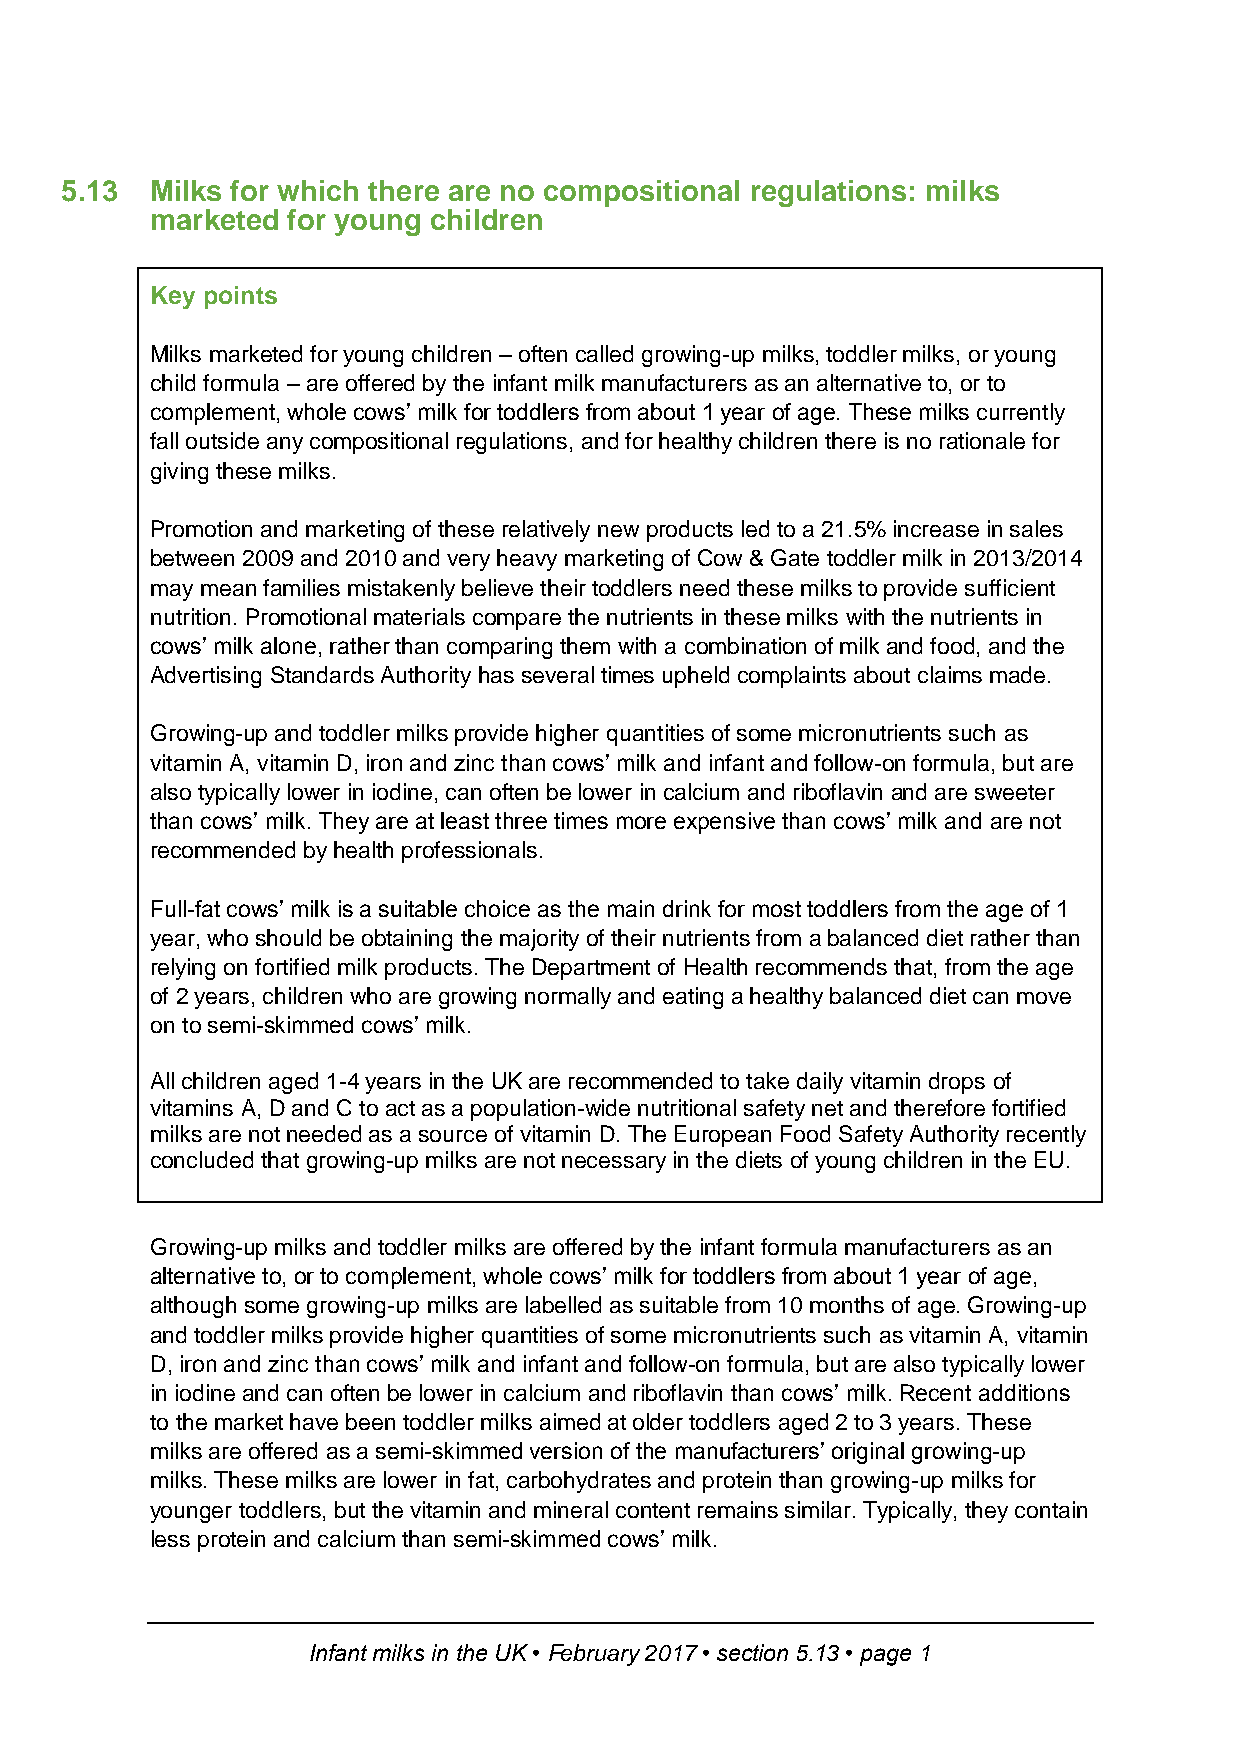
5.13  Milks for which there are no compositional regulations: milks
 marketed for young children
 Key points
 Milks marketed for young children – often called growing-up milks, toddler milks, or young
 child formula – are offered by the infant milk manufacturers as an alternative to, or to
 complement, whole cows’ milk for toddlers from about 1 year of age. These milks currently
 fall outside any compositional regulations, and for healthy children there is no rationale for
 giving these milks.
 Promotion and marketing of these relatively new products led to a 21.5% increase in sales
 between 2009 and 2010 and very heavy marketing of Cow & Gate toddler milk in 2013/2014
 may mean families mistakenly believe their toddlers need these milks to provide sufficient
 nutrition. Promotional materials compare the nutrients in these milks with the nutrients in
 cows’ milk alone, rather than comparing them with a combination of milk and food, and the
 Advertising Standards Authority has several times upheld complaints about claims made.
 Growing-up and toddler milks provide higher quantities of some micronutrients such as
 vitamin A, vitamin D, iron and zinc than cows’ milk and infant and follow-on formula, but are
 also typically lower in iodine, can often be lower in calcium and riboflavin and are sweeter
 than cows’ milk. They are at least three times more expensive than cows’ milk and are not
 recommended by health professionals.
 Full-fat cows’ milk is a suitable choice as the main drink for most toddlers from the age of 1
 year, who should be obtaining the majority of their nutrients from a balanced diet rather than
 relying on fortified milk products. The Department of Health recommends that, from the age
 of 2 years, children who are growing normally and eating a healthy balanced diet can move
 on to semi-skimmed cows’ milk.
 All children aged 1-4 years in the UK are recommended to take daily vitamin drops of
 vitamins A, D and C to act as a population-wide nutritional safety net and therefore fortified
 milks are not needed as a source of vitamin D. The European Food Safety Authority recently
 concluded that growing-up milks are not necessary in the diets of young children in the EU.
 Growing-up milks and toddler milks are offered by the infant formula manufacturers as an
 alternative to, or to complement, whole cows’ milk for toddlers from about 1 year of age,
 although some growing-up milks are labelled as suitable from 10 months of age. Growing-up
 and toddler milks provide higher quantities of some micronutrients such as vitamin A, vitamin
 D, iron and zinc than cows’ milk and infant and follow-on formula, but are also typically lower
 in iodine and can often be lower in calcium and riboflavin than cows’ milk. Recent additions
 to the market have been toddler milks aimed at older toddlers aged 2 to 3 years. These
 milks are offered as a semi-skimmed version of the manufacturers’ original growing-up
 milks. These milks are lower in fat, carbohydrates and protein than growing-up milks for
 younger toddlers, but the vitamin and mineral content remains similar. Typically, they contain
 less protein and calcium than semi-skimmed cows’ milk.
 Infant milks in the UK • February 2017 • section 5.13 • page 1